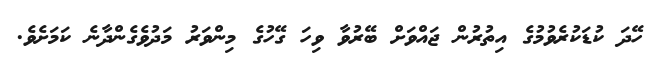
ހޭދަ ކުޑަކުރެވުމުގެ އިތުރުން ޖައްވަށް ބޭރުވާ ވިހަ ގޭހުގެ މިންވަރު މަދުވެގެންދާނެ ކަމަށެވެ.